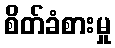
စိတ်ခံစားမှု